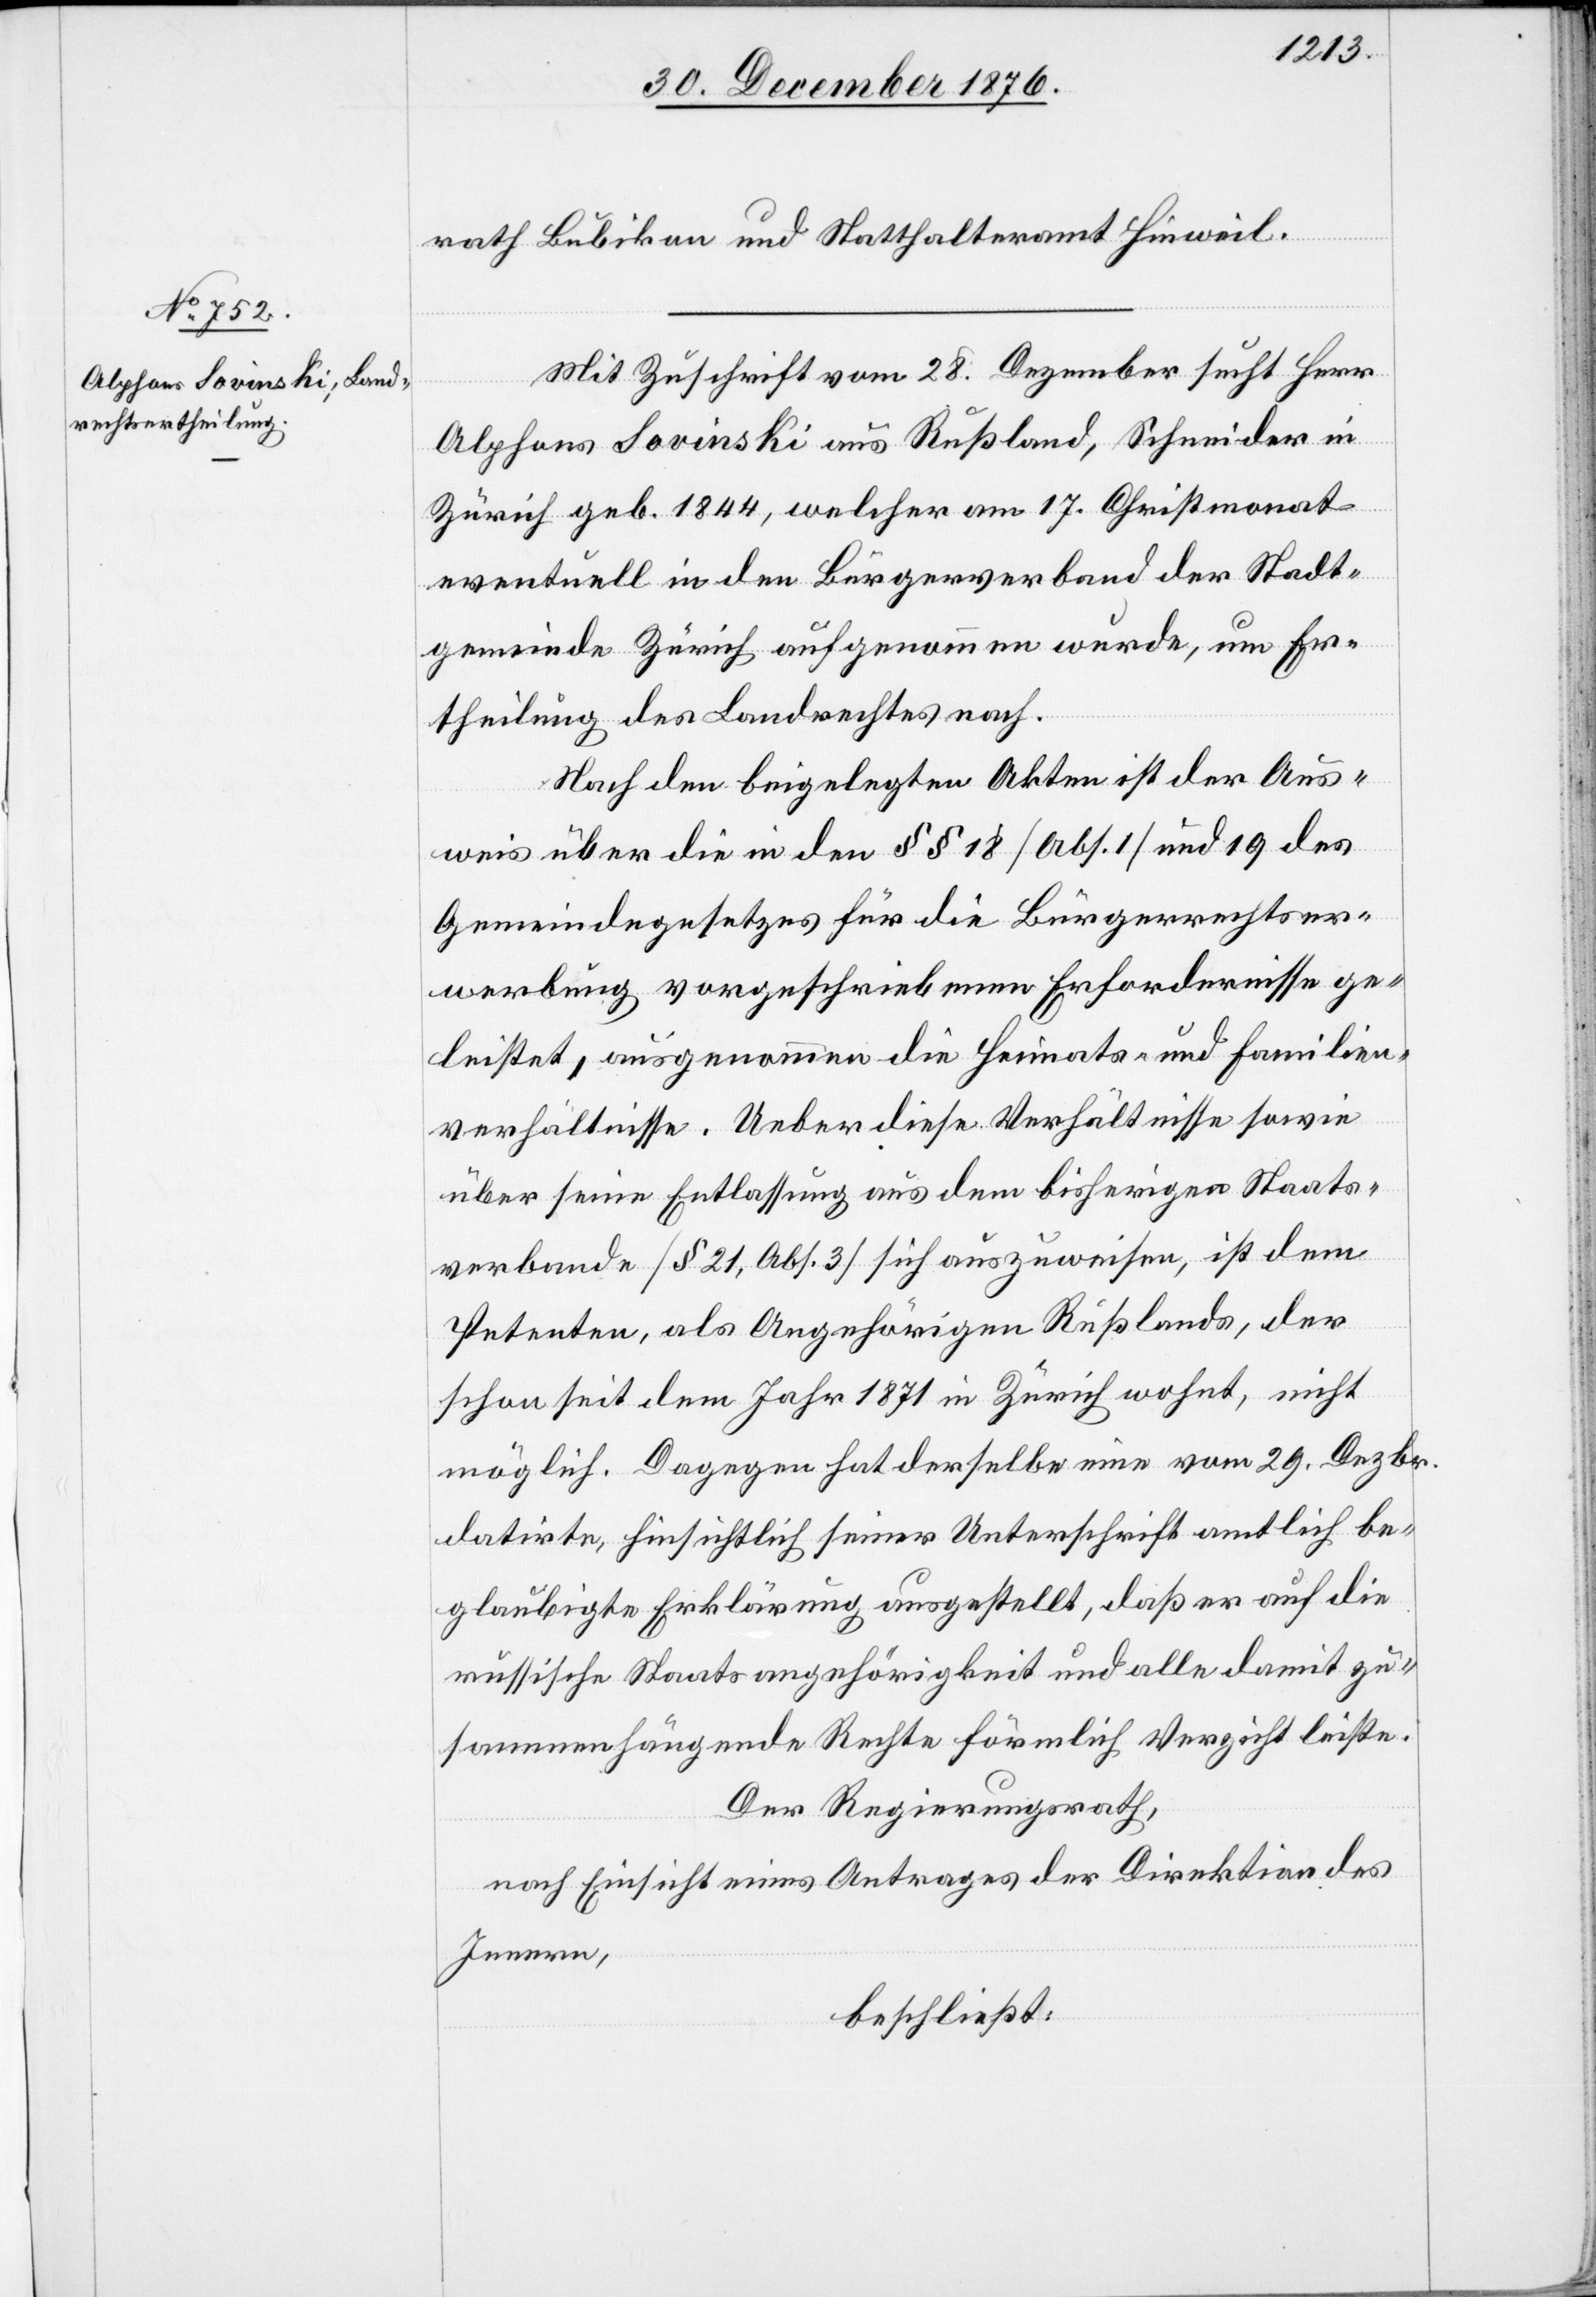
rath Bubikon und [das] Statthalteramt Hinweil.
Mit Zuschrift vom 28. Dezember sucht Herr
Alphons Lovinski aus Rußland, Schneider in
Zürich geb. 1844, welcher am 17. Christmonat
eventuell in den Bürgerverband der Stadt¬
gemeinde Zürich aufgenommen wurde, um Er¬
theilung des Landrechtes nach.
Nach den beigelegten Akten ist der Aus¬
weis über die in den §§ 18 [Abs. 1] und 19 des
Gemeindegesetzes für die Bürgerrechtser¬
werbung vorgeschriebenen Erfordernisse ge¬
leistet, ausgenommen die Heimats- und Familien¬
verhältnisse. Ueber diese Verhältnisse sowie
über seine Entlassung aus dem bisherigen Staats¬
verbande [§ 21, Abs. 3] sich auszuweisen, ist dem
Petenten, als Angehörigen Rußlands, der
schon seit dem Jahr 1871 in Zürich wohnt, nicht
möglich. Dagegen hat derselbe eine vom 29. Dezbr.
datirte, hinsichtlich seiner Unterschrift amtlich be¬
glaubigte Erklärung ausgestellt, daß er auf die
russische Staatsangehörigkeit und alle damit zu¬
sammenhängende Rechte förmlich Verzicht leiste.
Der Regierungsrath,
nach Einsicht eines Antrages der Direktion des
Innern,
beschließt: